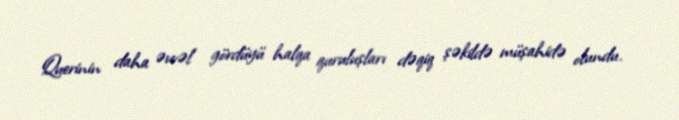
Querinin daha əvvəl gördüyü halqa quruluşları dəqiq şəkildə müşahidə olundu.